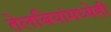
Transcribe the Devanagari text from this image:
तेलबियांमध्येही